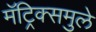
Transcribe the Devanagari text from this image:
मॅट्रिक्समुले